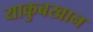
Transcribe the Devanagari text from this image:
याकुबखान